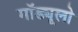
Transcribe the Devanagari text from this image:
मॉड्यूलो